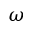
\omega